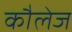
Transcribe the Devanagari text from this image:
कौलेज